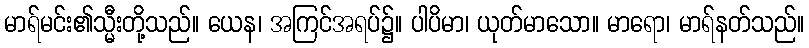
မာရ်မင်း၏သ္မီးတို့သည်။ ယေန၊ အကြင်အရပ်၌။ ပါပိမာ၊ ယုတ်မာသော။ မာရော၊ မာရ်နတ်သည်။